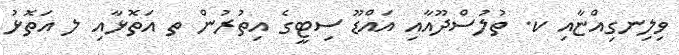
ވިލިނގިއްޏާއި ކ. ތުލުސްދޫއާއި އައްޑޫ ސިޓީގެ އިތުރުން ތ އަތޮޅާއި ލ އަތޮޅު